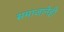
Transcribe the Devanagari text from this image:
समाजानेही